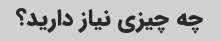
چه چیزی نیاز دارید؟